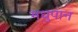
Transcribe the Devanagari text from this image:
मधुपान